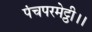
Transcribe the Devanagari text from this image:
पंचपरमेट्ठी।।